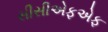
સીસીએફએફ